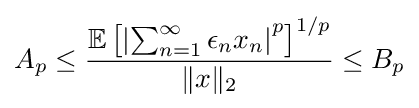
A_{p}\leq {\frac {\mathbb {E} \left[\left|\sum _{n=1}^{\infty }\epsilon _{n}x_{n}\right|^{p}\right]^{1/p}}{\|x\|_{2}}}\leq B_{p}